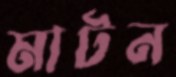
মাটন